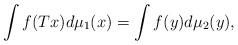
LaTeX: \begin{align*}\int f (T x) d\mu_1(x) = \int f(y) d\mu_2(y) ,\end{align*}